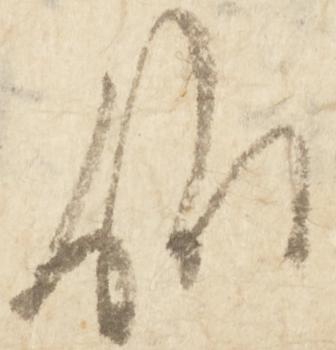
候